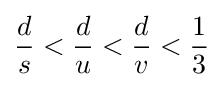
{\frac {d}{s}}<{\frac {d}{u}}<{\frac {d}{v}}<{\frac {1}{3}}